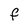
Character: f